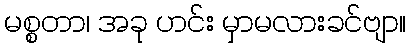
မစ္စတာ၊ အခု ဟင်း မှာမလားခင်ဗျာ။